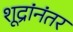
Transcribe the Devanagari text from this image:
शूद्रांनंतर